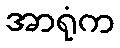
အာရုံက